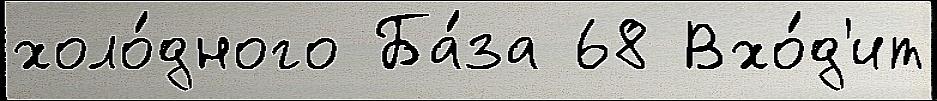
холо́дного Ба́за 68 Вхо́д'ит